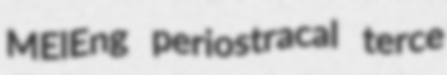
MElEng periostracal terce